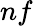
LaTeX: nf